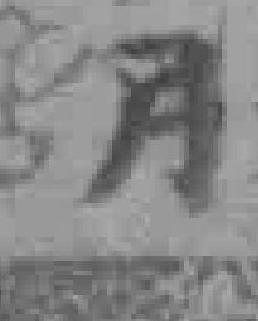
月